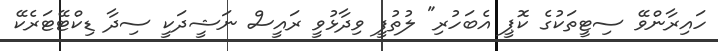
ހައިރާންވޭ ސިޓީތަކުގެ ކޮޕީ އެބަހުރި" ލުތުފީ ވިދާޅުވީ ރައީސް ނަޝީދަކީ ސިދާ ޑިކްޓޭޓަރެކޭ